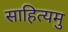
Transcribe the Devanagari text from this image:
साहित्यमु